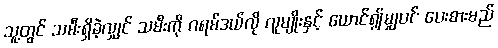
သူ့တွင် သမီးရှိခဲ့လျှင် သမီးကို ဂရမ်ဒယ်လို လူမျိုးနှင့် ယောင်၍မျှပင် ပေးစားမည်